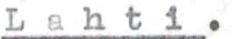
Lahti.